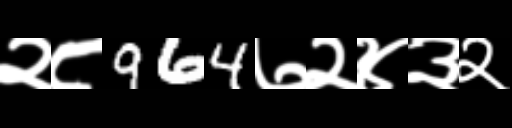
Text: २८964७२४३२